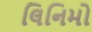
લિનિમો